Report of the Indian Hemp Drugs Commission, 1894-1895 - Volume V
Year: 1894
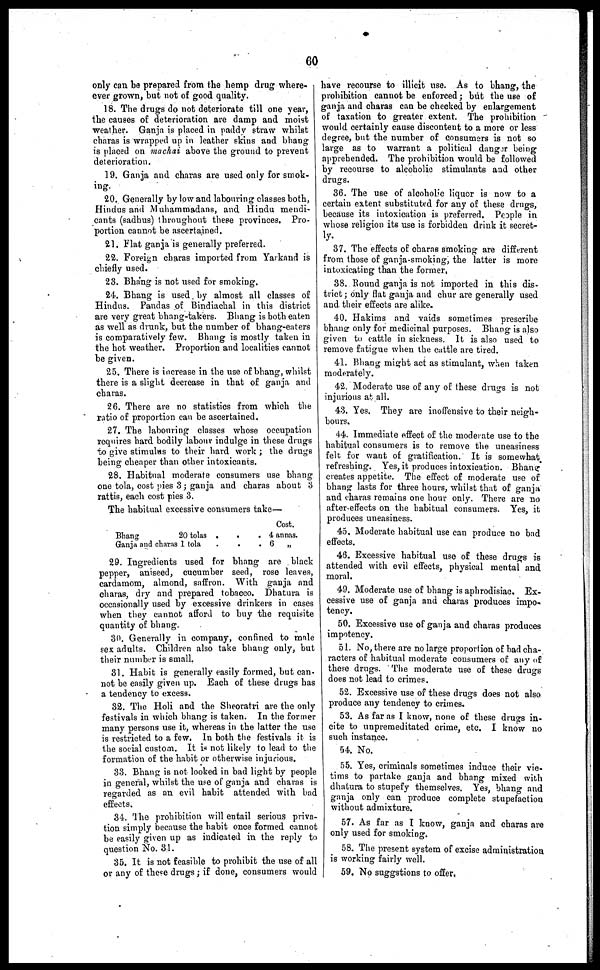
60
only can be prepared from the hemp drug where-
ever grown, but not of good quality.
18. The drugs do not deteriorate till one year,
the causes of deterioration are damp and moist
weather. Ganja is placed in paddy straw whilst
charas is wrapped up in leather skins and bhang
is placed on mackai above the ground to prevent
deterioration.
19. Ganja and charas are used only for smok-
ing.
20. Generally by low and labouring classes both,
Hindus and Muhammadans, and Hindu mendi-
cants (sadhus) throughout these provinces. Pro-
portion cannot be ascertained.
21. Flat ganja is generally preferred.
22. Foreign charas imported from Yarkand is
chiefly used.
23. Bhang is not used for smoking.
24. Bhang is used by almost all classes of
Hindus. Pandas of Bindiachal in this district
are very great bhang-takers. Bhang is both eaten
as well as drunk, but the number of bhang-eaters
is comparatively few. Bhang is mostly taken in
the hot weather. Proportion and localities cannot
be given.
25. There is increase in the use of bhang, whilst
there is a slight decrease in that of ganja and
charas.
26. There are no statistics from which the
ratio of proportion can be ascertained.
27. The labouring classes whose occupation
requires hard bodily labour indulge in these drugs
to give stimulus to their hard work ; the drugs
being cheaper than other intoxicants.
28. Habitual moderate consumers use bhang
one tola, cost pies 3 ; ganja and charas about 3
rattis, each cost pies 3.
The habitual excessive consumers take—
Bhang
20 tolas .
. .
Ganja and charas 1 tola . . .
Cost.
4 annas.
6 „
29. Ingredients used for bhang are black
pepper, aniseed, cucumber seed, rose leaves,
cardamom, almond, saffron. With ganja and
charas, dry and prepared tobacco. Dhatura is
occasionally used by excessive drinkers in cases
when they cannot afford to buy the requisite
quantity of bhang.
30. Generally in company, confined to male
sex adults. Children also take bhang only, but
their number is small.
31. Habit is generally easily formed, but can-
not be easily given up. Each of these drugs has
a tendency to excess.
32. The Holi and the Sheoratri are the only
festivals in which bhang is taken. In the former
many persons use it, whereas in the latter the use
is restricted to a few. In both the festivals it is
the social custom. It is not likely to lead to the
formation of the habit or otherwise injurious.
33. Bhang is not looked in bad light by people
in general, whilst the use of ganja and charas is
regarded as an evil habit attended with bad
effects.
34. The prohibition will entail serious priva-
tion simply because the habit once formed cannot
be easily given up as indicated in the reply to
question No. 31.
35. It is not feasible to prohibit the use of all
or any of these drugs ; if done, consumers would
have recourse to illicit use. As to bhang, the
prohibition cannot be enforced ; but the use of
ganja and charas can be checked by enlargement
of taxation to greater extent. The prohibition
would certainly cause discontent to a more or less
degree, but the number of consumers is not so
large as to warrant a political danger being
apprehended. The prohibition would be followed
by recourse to alcoholic stimulants and other
drugs.
36. The use of alcoholic liquor is now to a
certain extent substituted for any of these drugs,
because its intoxication is preferred. People in
whose religion its use is forbidden drink it secret-
ly.
37. The effects of charas smoking are different
from those of ganja-smoking, the latter is more
intoxicating than the former,
38. Round ganja is not imported in this dis-
trict ; only flat ganja and chur are generally used
and their effects are alike.
40. Hakims and vaids sometimes prescribe
bhang only for medicinal purposes. Bhang is also
given to cattle in sickness. It is also used to
remove fatigue when the cattle are tired.
41. Bhang might act as stimulant, when taken
moderately.
42. Moderate use of any of these drugs is not
injurious at all.
43. Yes. They are inoffensive to their neigh-
bours.
44. Immediate effect of the moderate use to the
habitual consumers is to remove the uneasiness
felt for want of gratification. It is somewhat
refreshing. Yes, it produces intoxication. Bhang
creates appetite. The effect of moderate use of
bhang lasts for three hours, whilst that of ganja
and charas remains one hour only. There are no
after-effects on the habitual consumers. Yes, it
produces uneasiness.
45. Moderate habitual use can produce no bad
effects.
46. Excessive habitual use of these drugs is
attended with evil effects, physical mental and
moral.
49. Moderate use of bhang is aphrodisiac. Ex-
cessive use of ganja and charas produces impo-
tency.
50. Excessive use of ganja and charas produces
impotency.
51. No, there are no large proportion of bad cha-
racters of habitual moderate consumers of any of
these drugs. The moderate use of these drugs
does not lead to crimes.
52. Excessive use of these drugs does not also
produce any tendency to crimes.
53. As far as I know, none of these drugs in-
cite to unpremeditated crime, etc. I know no
such instance.
54. No.
55. Yes, criminals sometimes induce their vie-
tims to partake ganja and bhang mixed with
dhatura to stupefy themselves. Yes, bhang and
ganja only can produce complete stupefaction
without admixture.
57. As far as I know, ganja and charas are
only used for smoking.
58. The present system of excise administration
is working fairly well.
59.
No suggstions to offer.